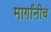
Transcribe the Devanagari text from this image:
मार्गांनीच